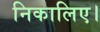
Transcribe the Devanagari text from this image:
निकालिए।